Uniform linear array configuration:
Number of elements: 4
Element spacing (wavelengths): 1
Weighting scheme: binomial
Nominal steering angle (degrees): -30
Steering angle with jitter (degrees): -28.743
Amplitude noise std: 0.05
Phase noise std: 0.05

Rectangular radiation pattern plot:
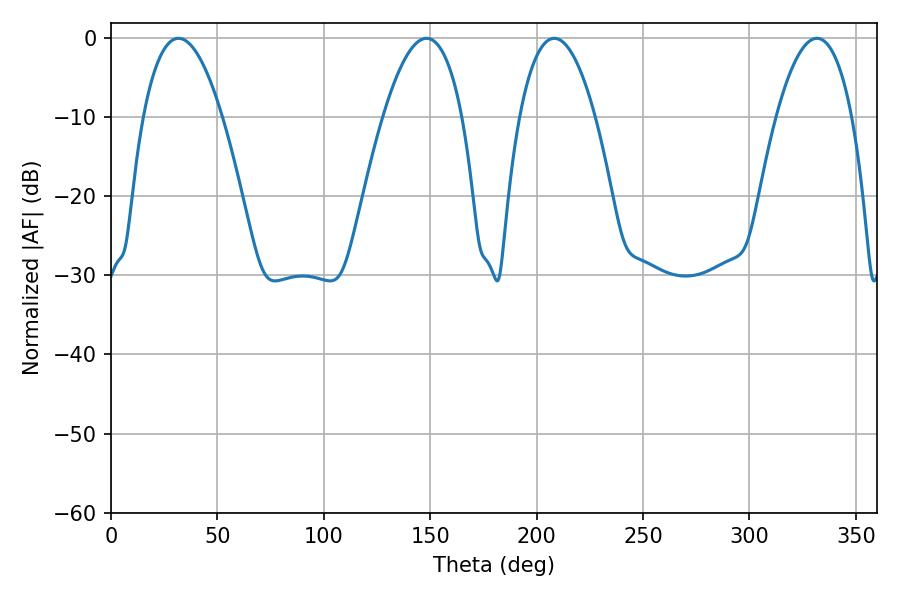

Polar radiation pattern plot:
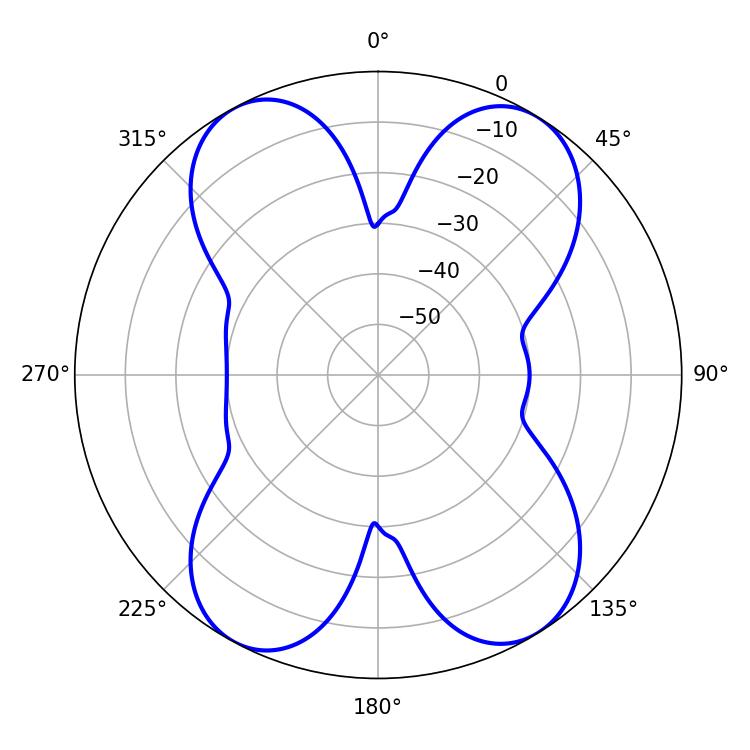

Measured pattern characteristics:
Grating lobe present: TRUE
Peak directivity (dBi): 15.461
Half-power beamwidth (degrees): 19.8
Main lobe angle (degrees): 208.26